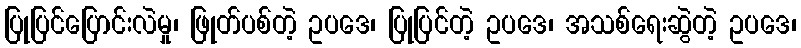
ပြုပြင်ပြောင်းလဲမှု၊ ဖြုတ်ပစ်တဲ့ ဥပဒေ၊ ပြုပြင်တဲ့ ဥပဒေ၊ အသစ်ရေးဆွဲတဲ့ ဥပဒေ၊